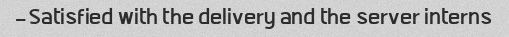
Satisfied with the delivery and the server interns-